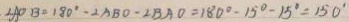
\angle A O B = 1 8 0 ^ { \circ } - \angle A B O - \angle B A O = 1 8 0 ^ { \circ } - 1 5 ^ { \circ } - 1 5 ^ { \circ } = 1 5 0 ^ { \circ }